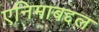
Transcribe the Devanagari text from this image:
एनिमाबद्दल